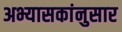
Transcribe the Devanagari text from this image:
अभ्यासकांनुसार